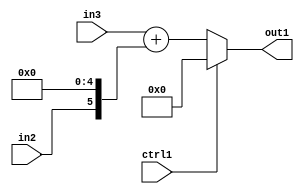
`timescale 1ps / 1ps
/*****************************************************************************
    Verilog RTL Description
    
    
    Created by: Stratus DpOpt 2019.1.01 
*******************************************************************************/

module st_weight_addr_gen_Muxi0Add2Cati0u1u16u1_4_2 (
	in3,
	in2,
	ctrl1,
	out1
	); /* architecture "behavioural" */ 
input [15:0] in3;
input  in2,
	ctrl1;
output [15:0] out1;
wire [15:0] asc001,
	asc002;
wire [5:0] asc003;

assign asc003 = {in2,5'B00000};

assign asc002 = 
	+(in3)
	+(asc003);

reg [15:0] asc001_tmp_0;
assign asc001 = asc001_tmp_0;
always @ (ctrl1 or asc002) begin
	case (ctrl1)
		1'B1 : asc001_tmp_0 = 16'B0000000000000000 ;
		default : asc001_tmp_0 = asc002 ;
	endcase
end

assign out1 = asc001;
endmodule

/* CADENCE  vrL1Qww= : u9/ySgnWtBlWxVPRXgAZ4Og= ** DO NOT EDIT THIS LINE ******/